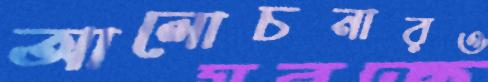
আলোচনারও